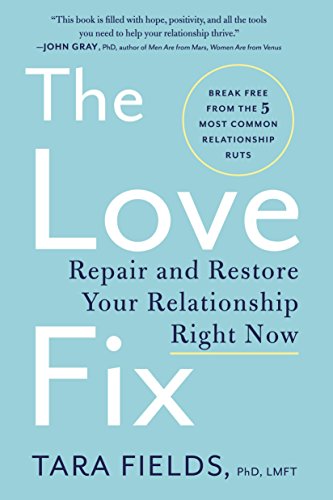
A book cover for The Love Fix: Repair and Restore Your Relationship Right Now; Tara, PhD Fields; Parenting & Relationships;